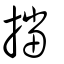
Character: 擋